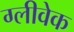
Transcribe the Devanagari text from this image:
ग्लीवेक